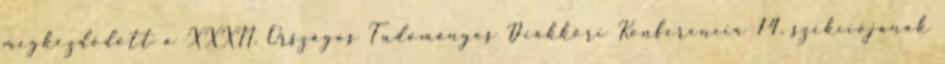
megkezdődött a XXXII. Országos Tudományos Diákköri Konferencia 14. szekciójának